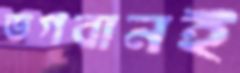
ভগবানই